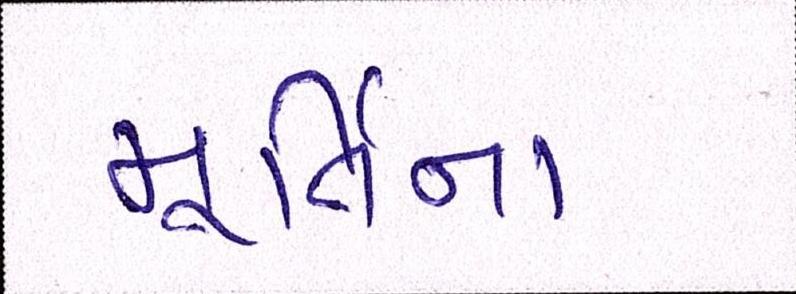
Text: મૂર્તિના